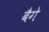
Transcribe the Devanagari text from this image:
बैगे